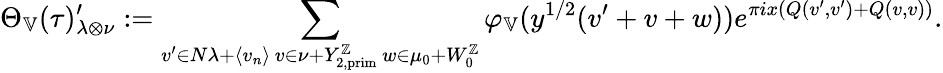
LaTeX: \Theta_{\mathbb{V}}(\tau)_{\lambda\otimes\nu}^{\prime}:=\sum_{\substack{v^{\prime}\in N\lambda+\langle v_{n}\rangle\, v\in\nu+Y_{2,\mathrm{prim}}^{\mathbb{Z}}\, w\in\mu_{0}+W_{0}^{\mathbb{Z}}}}\varphi_{\mathbb{V}}(y^{1/2}(v^{\prime}+v+w))e^{\pi ix(Q(v^{\prime},v^{\prime})+Q(v,v))}.